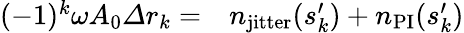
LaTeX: \begin{array}{rl}{(-1)^{k}\omega A_{0}\varDelta r_{k}=}&{{}n_{\mathrm{jitter}}(s_{k}^{\prime})+n_{\mathrm{PI}}(s_{k}^{\prime})}\end{array}